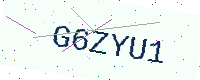
Text: G6ZYU1